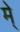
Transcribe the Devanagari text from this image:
मे्